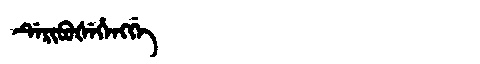
Manchu: ᡩᡝᡵᡳᠪᡠᡧᡝᡥᡝᠩᡤᡝ
Romanization: DERIBUŠEHENGGE